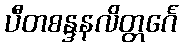
ပီတစန္ဒနလိတ္တင်္ဂေ